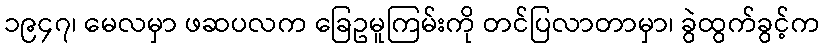
၁၉၄၇၊ မေလမှာ ဖဆပလက ခြေဥမူကြမ်းကို တင်ပြလာတာမှာ၊ ခွဲထွက်ခွင့်က